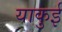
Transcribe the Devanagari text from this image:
याकुई